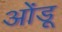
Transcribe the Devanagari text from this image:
ओंडू